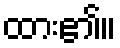
ထား၏။